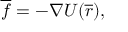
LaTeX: { \overline { { f } } } = - { \nabla U } ( { \overline { { r } } } ) ,